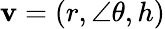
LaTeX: \mathbf{v}=(r,\angle\theta,h)